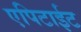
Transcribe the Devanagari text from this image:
एपिटाईट